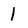
Character: 1